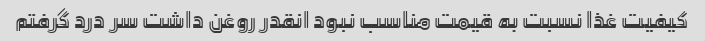
کیفیت غذا نسبت به قیمت مناسب نبود انقدر روغن داشت سر درد گرفتم